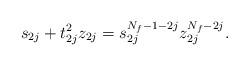
LaTeX: \begin{align*}s_{2j}+t_{2j}^2z_{2j}=s_{2j}^{N_f-1-2j}z_{2j}^{N_f-2j}.\end{align*}